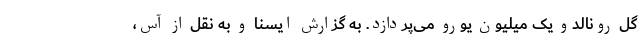
گل رونالدو یک میلیون یورو می‌پردازد. به گزارش ایسنا و به نقل از آس،